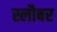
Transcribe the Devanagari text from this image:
स्लौबर